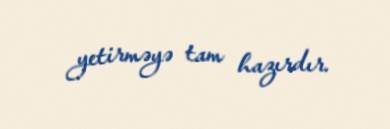
yetirməyə tam hazırdır.